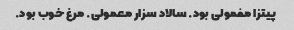
پیتزا مفمولی بود. سالاد سزار معمولی. مرغ خوب بود.